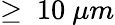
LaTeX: \ge~10~\mu m